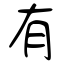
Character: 有